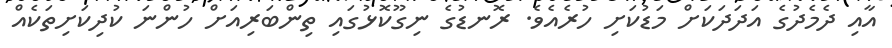
އާއި ދެމެދުގެ އަދަދަކަށް މަޑުކަށި ހުރެއެވެ. ރޮނޑުގެ ނިގޫކޮޅުގައި ތިންބަރިއަށް ހުންނަ ކުދިކަށިތަކެއް